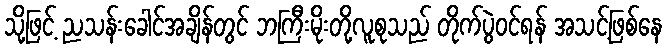
သို့ဖြင့် ညသန်းခေါင်အချိန်တွင် ဘကြီးမိုးတို့လူစုသည် တိုက်ပွဲဝင်ရန် အသင့်ဖြစ်နေ